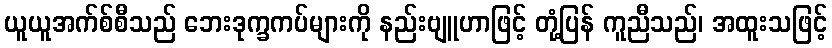
ယူယူအက်စ်စီသည် ဘေးဒုက္ခကပ်များကို နည်းဗျူဟာဖြင့် တုံ့ပြန် ကူညီသည်၊ အထူးသဖြင့်